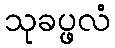
သုခပ္ဖလံ